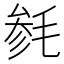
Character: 毵